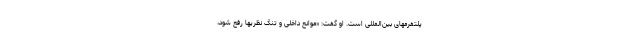
پلتفرمهای بین‌المللی است. او گفت: «موانع داخلی و تنگ نظریها رفع شود،